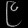
Digit: ၉